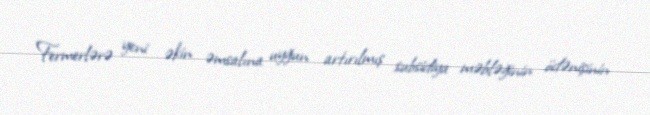
Fermerlərə yeni əkin əmsalına uyğun artırılmış subsidiya məbləğinin ödənişinin